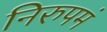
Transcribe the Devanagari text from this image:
निरुपमं